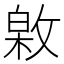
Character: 𢾟